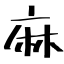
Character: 麻